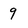
Character: 9